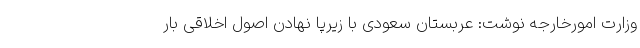
وزارت امورخارجه نوشت: عربستان سعودی با زیرپا نهادن اصول اخلاقی بار